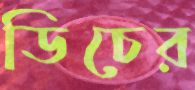
ডিচের